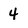
Character: 4